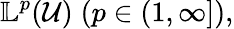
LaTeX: \mathbb{L}^{p}(\mathcal{U})\; (p\in(1,\infty]),